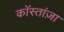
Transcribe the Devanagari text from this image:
कॉस्तांज़ा